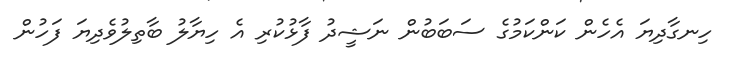
ހިނގާދިޔަ އެހެން ކަންކަމުގެ ސަބަބުން ނަޝީދު ފާޅުކުރި އެ ހިޔާލު ބާތިލުވެދިޔަ ފަހުން